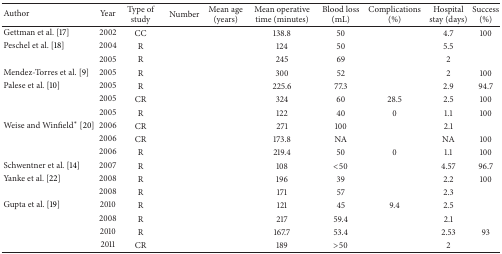
<table><thead><tr><td><b>Author</b></td><td><b>Year</b></td><td><b>Type of study</b></td><td><b>Number</b></td><td><b>Mean age (years)</b></td><td><b>Mean operative time (minutes)</b></td><td><b>Blood loss (mL)</b></td><td><b>Complications (%)</b></td><td><b>Hospital stay (days)</b></td><td><b>Success (%)</b></td></tr></thead><tbody><tr><td>Gettman et al. [17]</td><td>2002</td><td>CC</td><td>[EMPTY_CELL]</td><td>[EMPTY_CELL]</td><td>138.8</td><td>50</td><td>[EMPTY_CELL]</td><td>4.7</td><td>100</td></tr><tr><td>Peschel et al. [18]</td><td>2004</td><td>R</td><td>[EMPTY_CELL]</td><td>[EMPTY_CELL]</td><td>124</td><td>50</td><td>[EMPTY_CELL]</td><td>5.5</td><td>[EMPTY_CELL]</td></tr><tr><td>[EMPTY_CELL]</td><td>2005</td><td>R</td><td>[EMPTY_CELL]</td><td>[EMPTY_CELL]</td><td>245</td><td>69</td><td>[EMPTY_CELL]</td><td>2</td><td>[EMPTY_CELL]</td></tr><tr><td>Mendez-Torres et al. [9]</td><td>2005</td><td>R</td><td>[EMPTY_CELL]</td><td>[EMPTY_CELL]</td><td>300</td><td>52</td><td>[EMPTY_CELL]</td><td>2</td><td>100</td></tr><tr><td>Palese et al. [10]</td><td>2005</td><td>R</td><td>[EMPTY_CELL]</td><td>[EMPTY_CELL]</td><td>225.6</td><td>77.3</td><td>[EMPTY_CELL]</td><td>2.9</td><td>94.7</td></tr><tr><td>[EMPTY_CELL]</td><td>2005</td><td>CR</td><td>[EMPTY_CELL]</td><td>[EMPTY_CELL]</td><td>324</td><td>60</td><td>28.5</td><td>2.5</td><td>100</td></tr><tr><td>[EMPTY_CELL]</td><td>2005</td><td>R</td><td>[EMPTY_CELL]</td><td>[EMPTY_CELL]</td><td>122</td><td>40</td><td>0</td><td>1.1</td><td>100</td></tr><tr><td>Weise and Winfield* [20]</td><td>2006</td><td>CR</td><td>[EMPTY_CELL]</td><td>[EMPTY_CELL]</td><td>271</td><td>100</td><td>[EMPTY_CELL]</td><td>2.1</td><td>[EMPTY_CELL]</td></tr><tr><td>[EMPTY_CELL]</td><td>2006</td><td>CR</td><td>[EMPTY_CELL]</td><td>[EMPTY_CELL]</td><td>173.8</td><td>NA</td><td>[EMPTY_CELL]</td><td>NA</td><td>100</td></tr><tr><td>[EMPTY_CELL]</td><td>2006</td><td>R</td><td>[EMPTY_CELL]</td><td>[EMPTY_CELL]</td><td>219.4</td><td>50</td><td>0</td><td>1.1</td><td>100</td></tr><tr><td>Schwentner et al. [14]</td><td>2007</td><td>R</td><td>[EMPTY_CELL]</td><td>[EMPTY_CELL]</td><td>108</td><td>&lt;50</td><td>[EMPTY_CELL]</td><td>4.57</td><td>96.7</td></tr><tr><td>Yanke et al. [22]</td><td>2008</td><td>R</td><td>[EMPTY_CELL]</td><td>[EMPTY_CELL]</td><td>196</td><td>39</td><td>[EMPTY_CELL]</td><td>2.2</td><td>100</td></tr><tr><td>[EMPTY_CELL]</td><td>2008</td><td>R</td><td>[EMPTY_CELL]</td><td>[EMPTY_CELL]</td><td>171</td><td>57</td><td>[EMPTY_CELL]</td><td>2.3</td><td>[EMPTY_CELL]</td></tr><tr><td>Gupta et al. [19]</td><td>2010</td><td>R</td><td>[EMPTY_CELL]</td><td>[EMPTY_CELL]</td><td>121</td><td>45</td><td>9.4</td><td>2.5</td><td>[EMPTY_CELL]</td></tr><tr><td>[EMPTY_CELL]</td><td>2008</td><td>R</td><td>[EMPTY_CELL]</td><td>[EMPTY_CELL]</td><td>217</td><td>59.4</td><td>[EMPTY_CELL]</td><td>2.1</td><td>[EMPTY_CELL]</td></tr><tr><td>[EMPTY_CELL]</td><td>2010</td><td>R</td><td>[EMPTY_CELL]</td><td>[EMPTY_CELL]</td><td>167.7</td><td>53.4</td><td>[EMPTY_CELL]</td><td>2.53</td><td>93</td></tr><tr><td>[EMPTY_CELL]</td><td>2011</td><td>CR</td><td>[EMPTY_CELL]</td><td>[EMPTY_CELL]</td><td>189</td><td>&gt;50</td><td>[EMPTY_CELL]</td><td>2</td><td>[EMPTY_CELL]</td></tr></tbody></table>